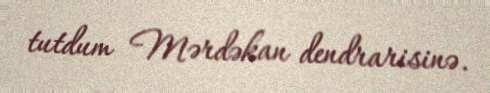
tutdum Mərdəkan dendrarisinə.